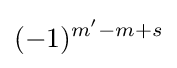
(-1)^{m'-m+s}